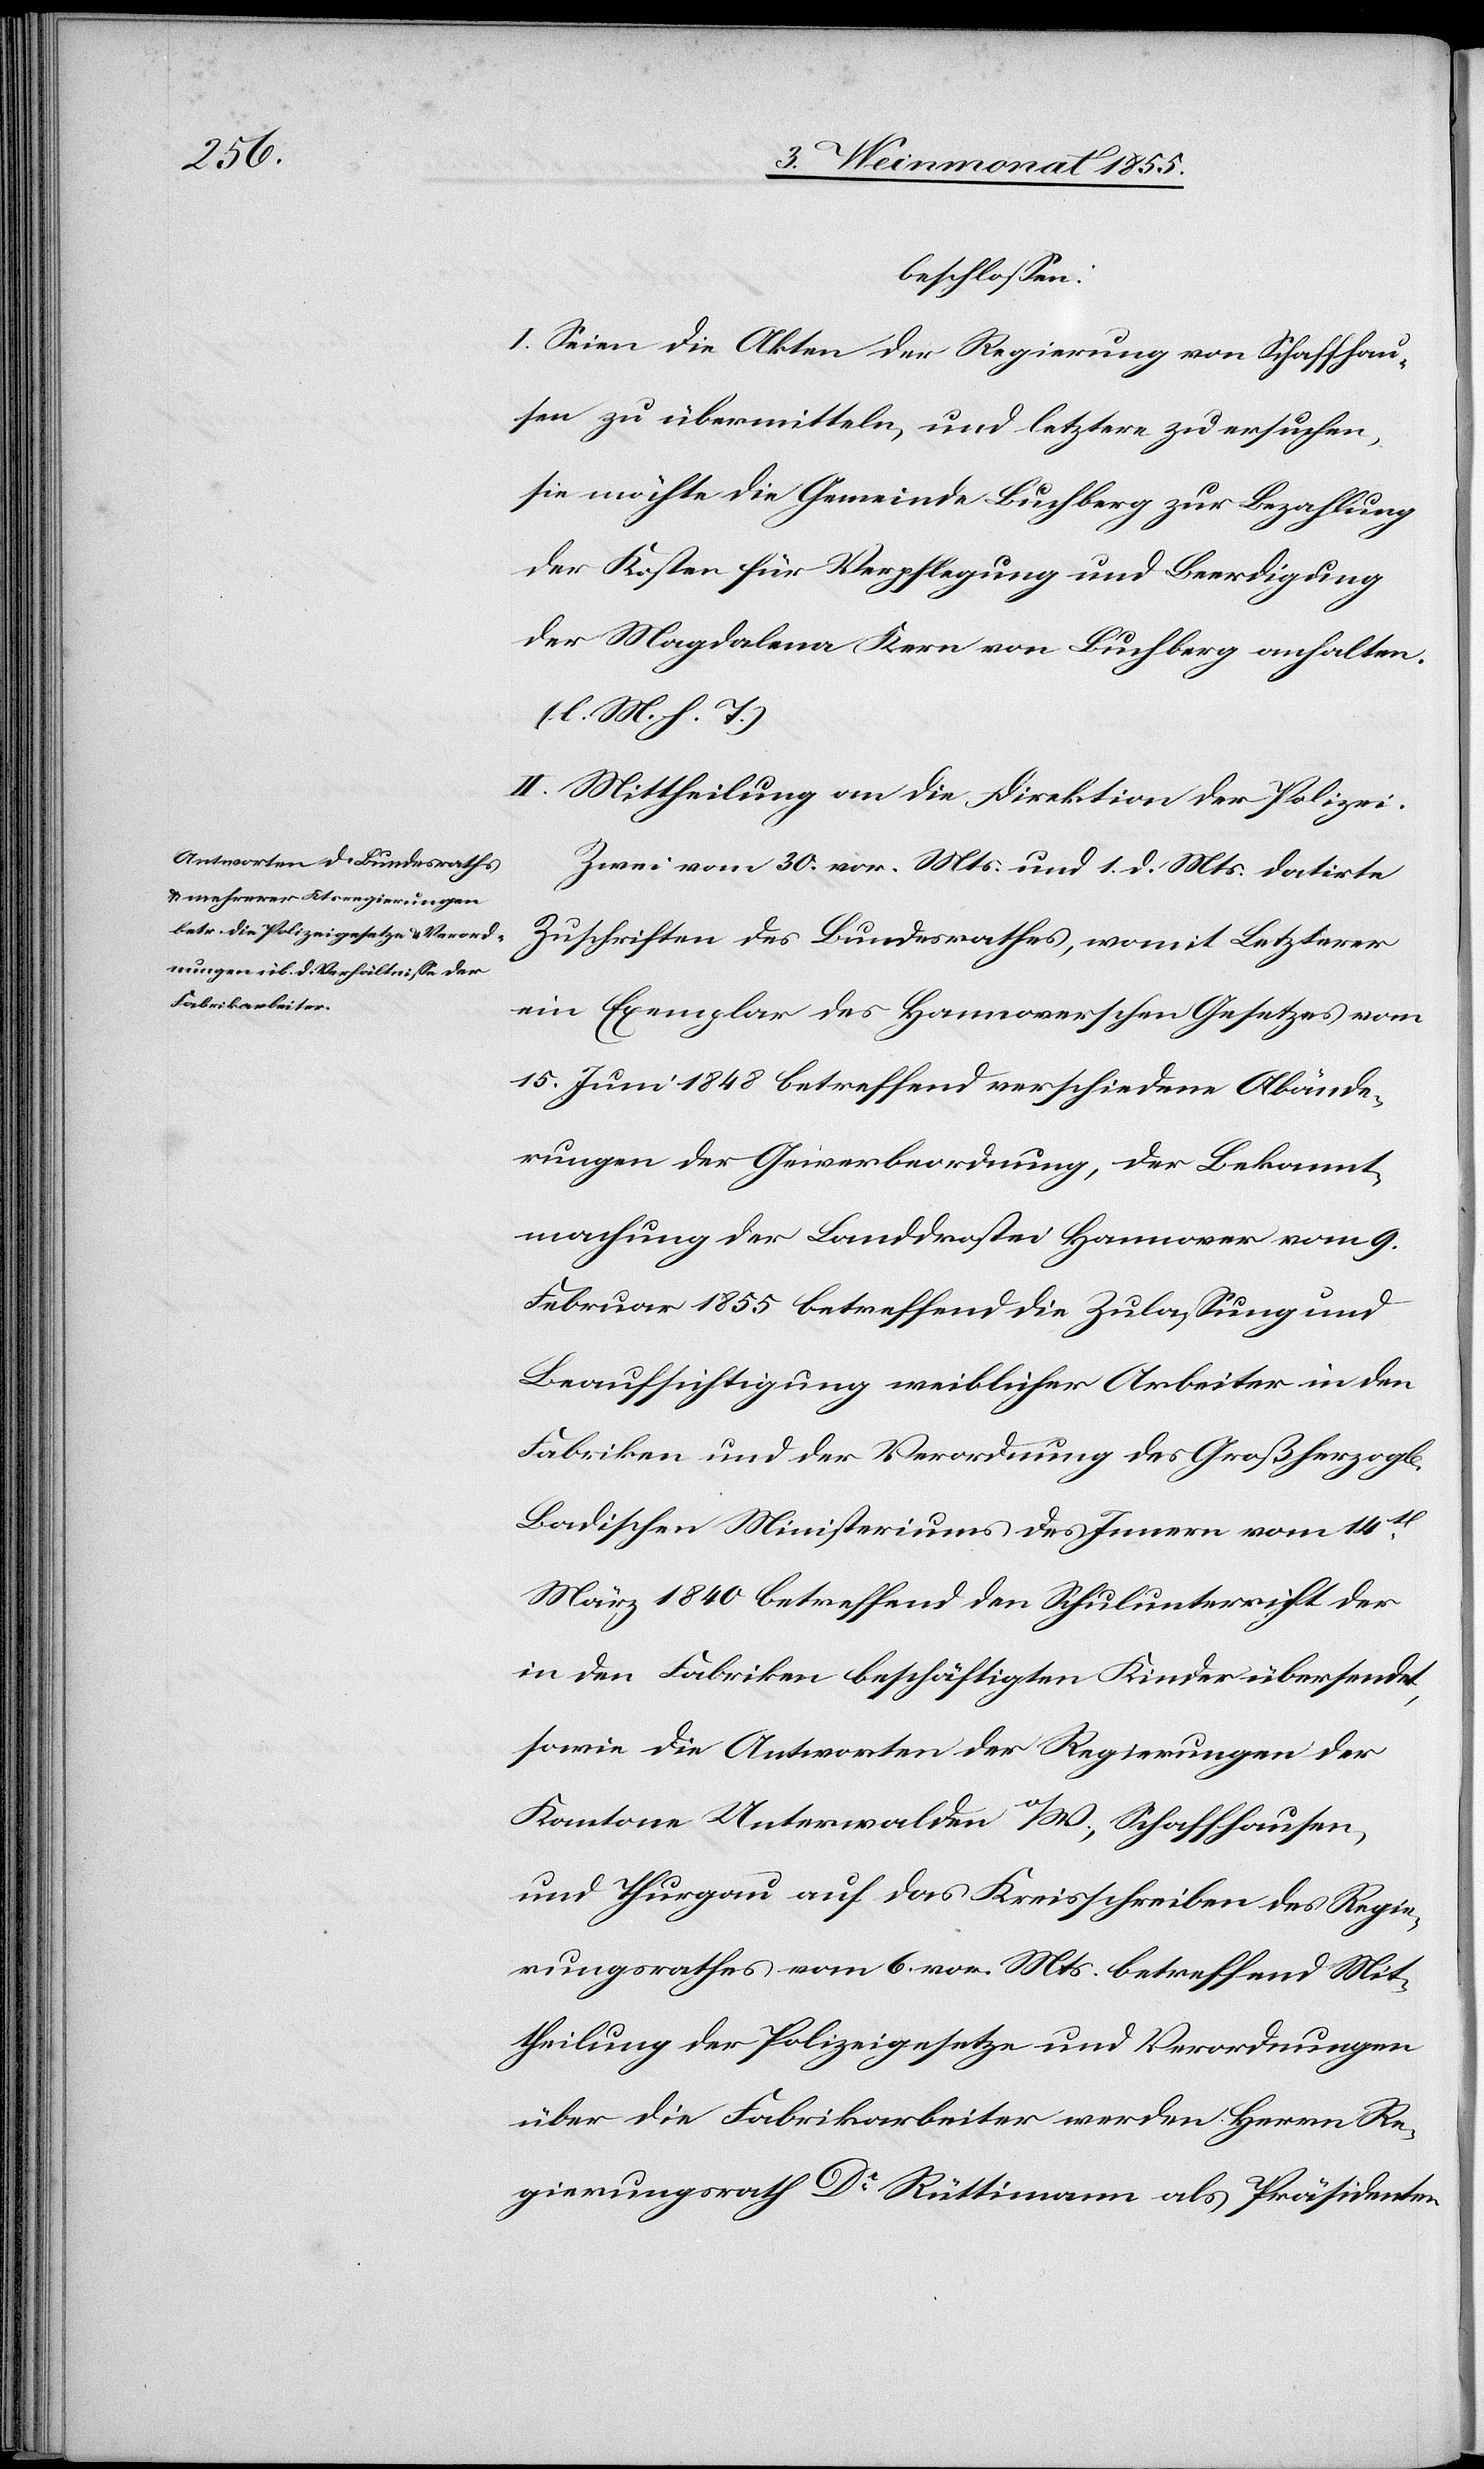
beschlossen:
I. Seien die Akten der Regierung von Schaffhau¬
sen zu übermitteln, und letztere zu ersuchen,
sie möchte die Gemeinde Buchberg zur Bezahlung
der Kosten für Verpflegung und Beerdigung
der Magdalena Kern von Buchberg anhalten.
(l. M. h. T.)
II. Mittheilung an die Direktion der Polizei.
Zwei vom 30. vor. Mts. und 1. d. Mts. datirte
Zuschriften des Bundesrathes, womit Letzterer
ein Exemplar des Hannoverschen Gesetzes vom
15. Juni 1848 betreffend verschiedene Abände¬
rungen der Gewerbeordnung, der Bekannt¬
machung der Landdrostei Hannover vom 9.
Februar 1855 betreffend die Zulassung und
Beaufsichtigung weiblicher Arbeiter in den
Fabriken und der Verordnung des Großherzogl[ich]
Badischen Ministeriums des Innern vom 14t.
März 1840 betreffend den Schulunterricht der
in den Fabriken beschäftigten Kinder übersendet,
sowie die Antworten der Regierungen der
Kantone Unterwalden o/W., Schaffhausen
und Thurgau auf das Kreisschreiben des Regie¬
rungsrathes vom 6. vor. Mts. betreffend Mit¬
theilung der Polizeigesetze und Verordnungen
über die Fabrikarbeiter werden Herrn Re¬
gierungsrath Dr. Rüttimann als Präsidenten